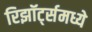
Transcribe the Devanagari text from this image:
रिझॉर्ट्‍समध्ये